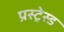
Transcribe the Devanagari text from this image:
प्रस्ट्रेस्ड